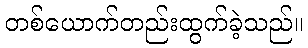
တစ်ယောက်တည်းထွက်ခဲ့သည်။